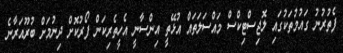
ފެތުރުނު ގައުމުތަކުގައި ލޮޖިސްޓިކްސް މައްސަލަތައް އުޅޭތީ އިންސާނީ އެހީތެރިކަން ފޯރުކޮށް ދިނުމަށް ބުރޫއަރާނެ